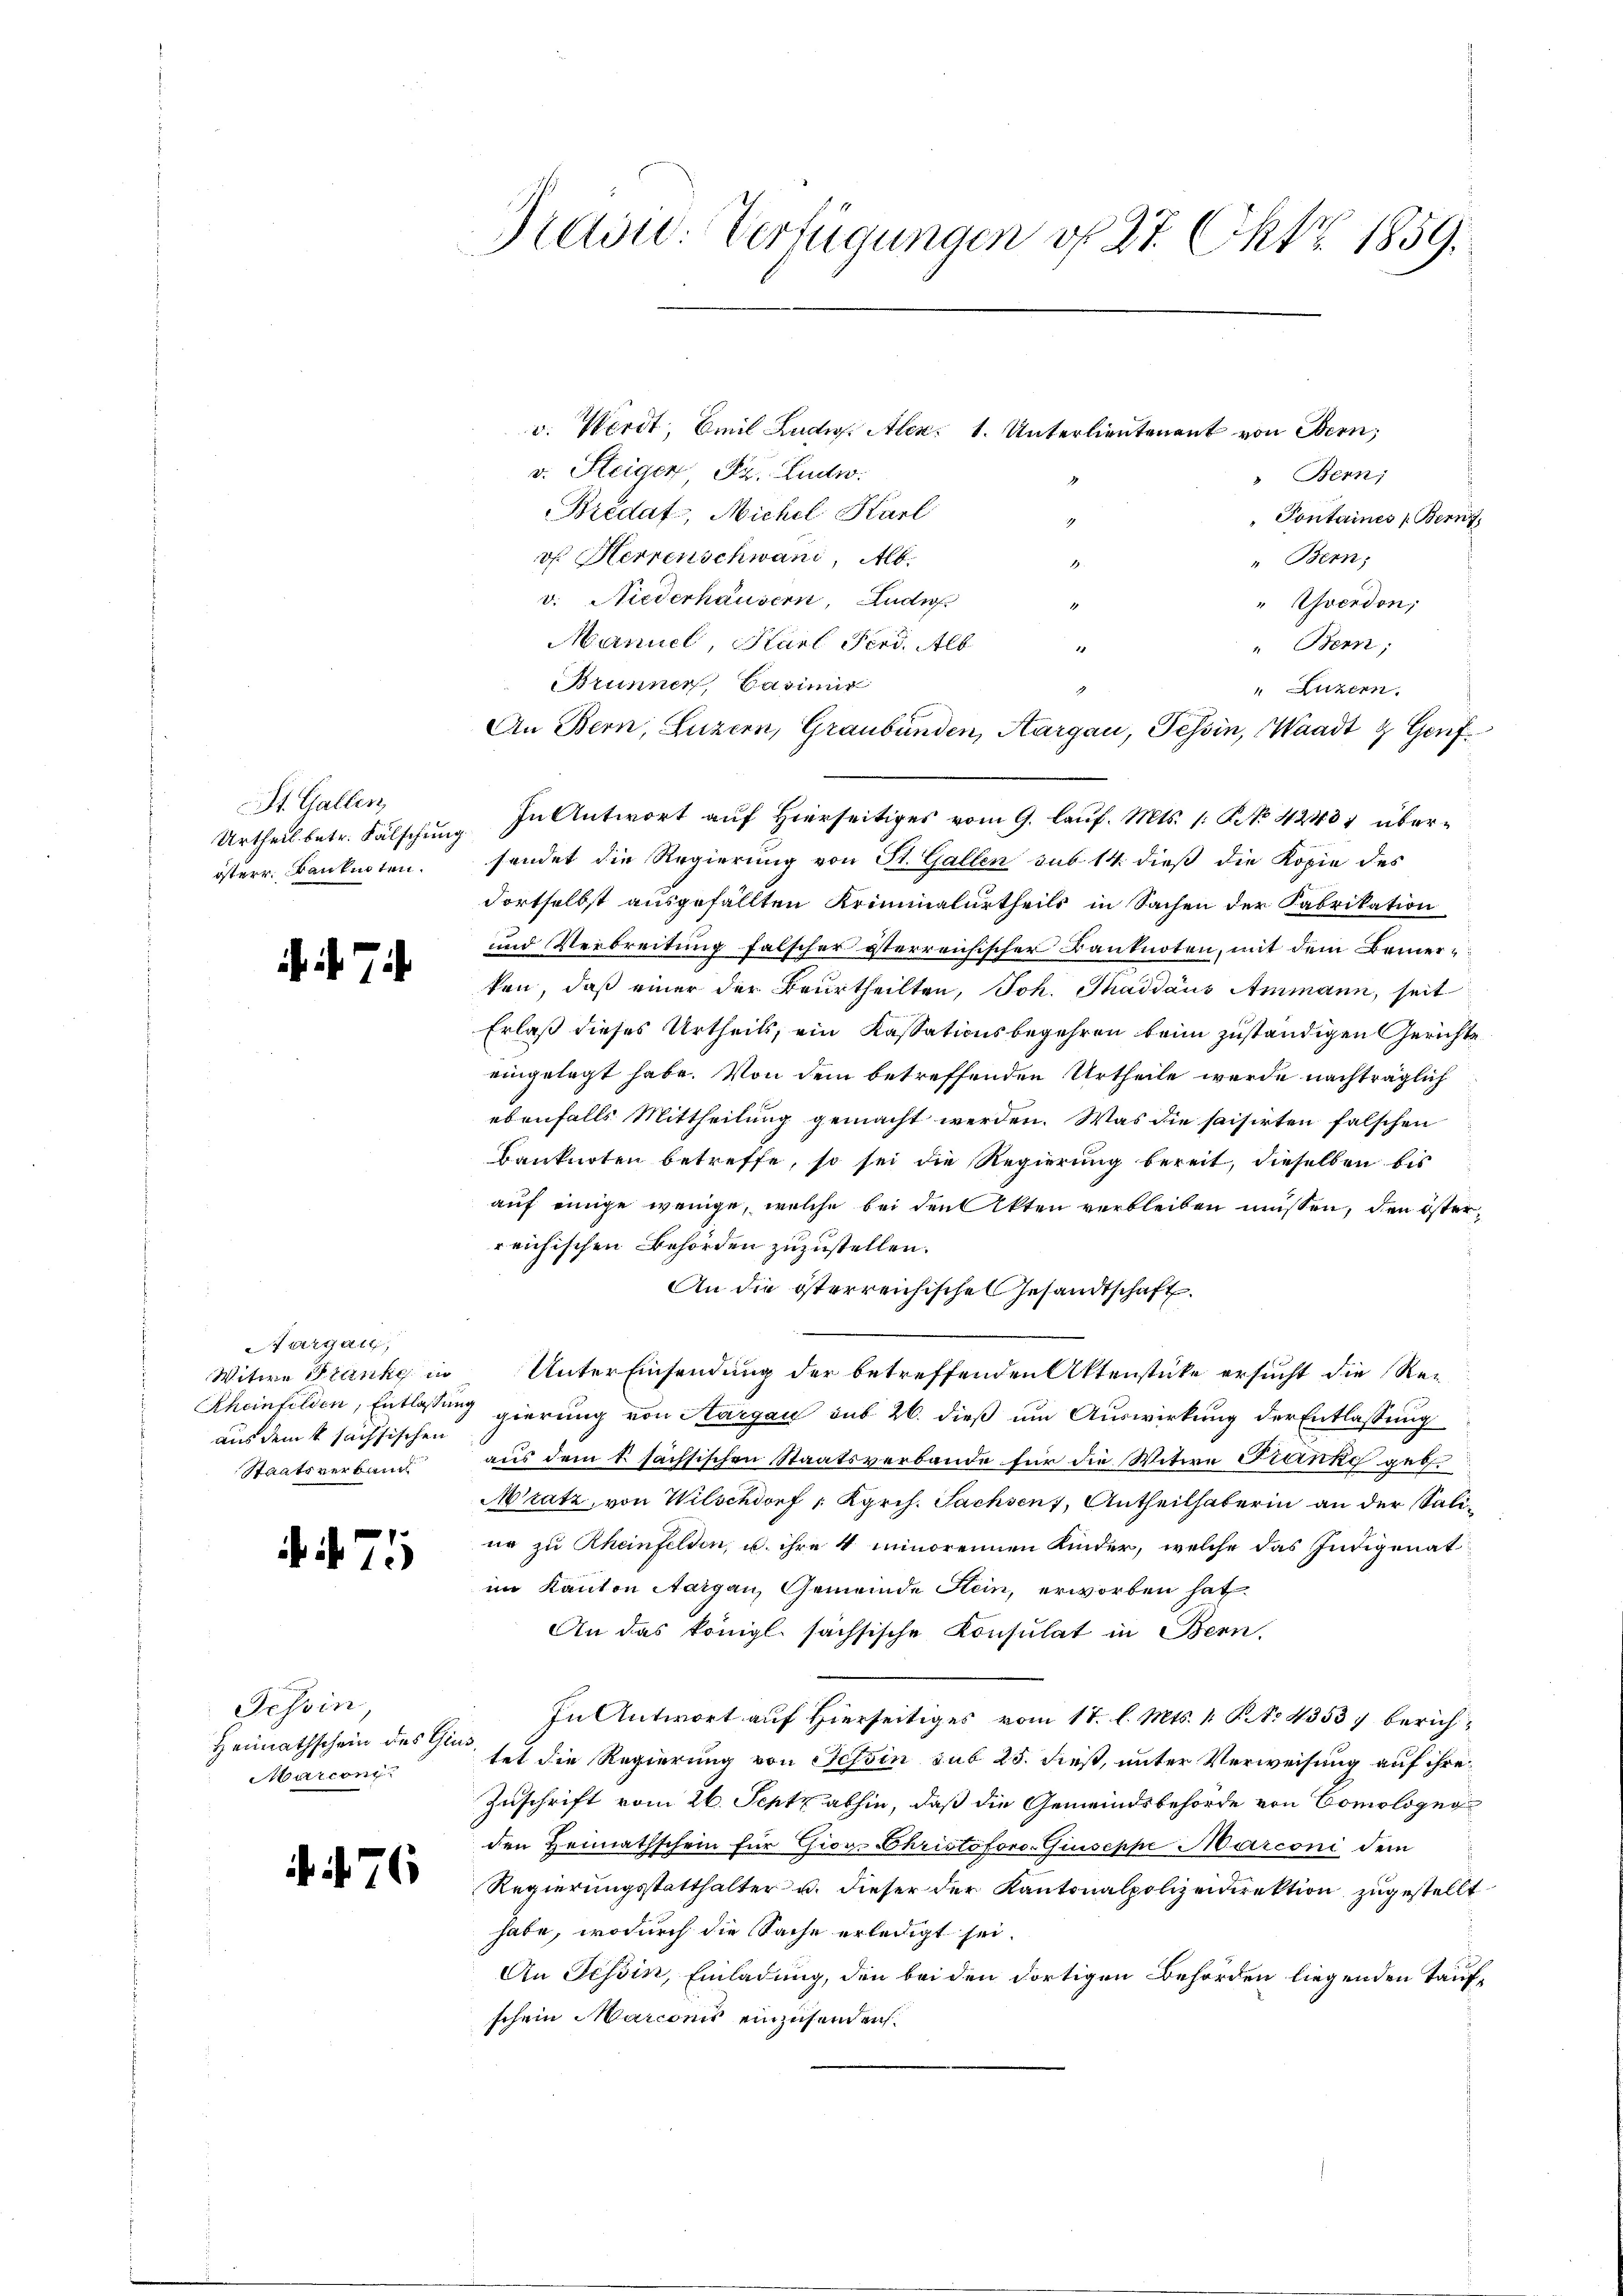
St. Gallen,
Urtheil betr. Fälschung
österr. Banknoten.

7

targau,
Witwe Stanke in
Rheinfelden, Entlassen
aus dem k. sachsischen
Staatsverband

.7

Tessin
Heimathschein des Giu
Marcon

76

ad: Verfügungen v. 27. Okt. 1859.

v. Werdt Emil Ludig. Alex. 1. Unterlieutenant von Obern,
v. Steigen Fr. Ludw
" Bern;
Bredat, Michel Karl
" Pontaines Bern,
oh. Herrenschwand, Alb.
" Bern;
v. Niederhausern, Audi
" Yverdon;
Manuel, Karl Ferd. Alb
" Bern;
Brunner, Casimis
" Luzern.
An Bern, Luzern, Graubünden, Aargau, Tessin, Waadt & Genf
In Antwort auf Hierseitiges vom 9. lauf. Mts. 1. No 42481 übersendet die Regierung von St. Gallen sub 14. dieß die Kopie des
Fortselbst ausgefällten Kriminalurtheils in Sachen der Fabrikation
und Verbreitung falscher sterreichischer Banknoten, mit dem Bemerken, daß einer der Beurtheilten, Joh. Thaddaus Ammann, seit
Erlaß dieses Urtheils, ein Kassationsbegehren beim zuständigen Gerichte
eingelegt habe. Von dem betreffenden Urtheile werde nachträglich
ebenfalls Mittheilung gemacht werden. Was die saisirten falschen
Banknoten betreffe, so sei die Regierung bereit, dieselben bis
auf einige wenige, welche bei den Akten verbleiben müssen, den österreichischen Behörden zuzustellen.
An die österreichische Gesandtschaft
Unter Einsendung der betreffenden Aktenstücke ersucht die Re¬
1 gierung von Aargau sub 26. dieß um Auswirkung der Entlassung
aus dem L. sächsischen Staatsverbande für die Witwe Franke geb.
Mratz, von Wilschdorf, Kgrch. Sachsen, Antheilhaberin an der Saline zu Rheinfelden, u. ihre 4 minorennen Kinder, welche das Indigenat
im Kanton Aargau, Gemeinde Stein, erworben hat.
An das königl. sächsische Konsulat in Bern,
In Antwort auf Hierseitiges vom 11. l. Mts. 1. No. 43537 berichtet die Regierung von Tessin sub 25. dieß, unter Verweisung auf ihre
Zuschrift vom 26. Septz abhin, daß die Gemeindsbehörde von Bomologug
den Heimathschein für Giors Christoforo-Giuseppe Marconi dem
Regierungsstatthalter u. dieser der Kantonalpolizeidirektion zugestellt.
habe, wodurch die Sache erledigt sei.
An Tessin, Einladung, den bei den dortigen Behörden liegenden Taufschein Marconis einzusenden.